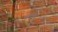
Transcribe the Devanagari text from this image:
ब्राह्नण